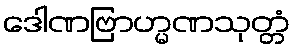
ဒေါဏဗြာဟ္မဏသုတ္တံ